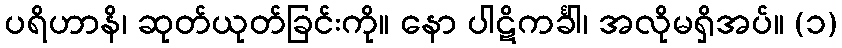
ပရိဟာနိ၊ ဆုတ်ယုတ်ခြင်းကို။ နော ပါဋိကင်္ခါ၊ အလိုမရှိအပ်။ (၁)